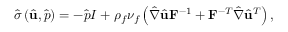
\hat { \boldsymbol { \sigma } } \left( \hat { \mathbf { u } } , \hat { p } \right) = - \hat { p } I + \rho _ { f } \nu _ { f } \left( \hat { \nabla } \hat { \mathbf { u } } \mathbf { F } ^ { - 1 } + \mathbf { F } ^ { - T } \hat { \nabla } \hat { \mathbf { u } } ^ { T } \right) ,